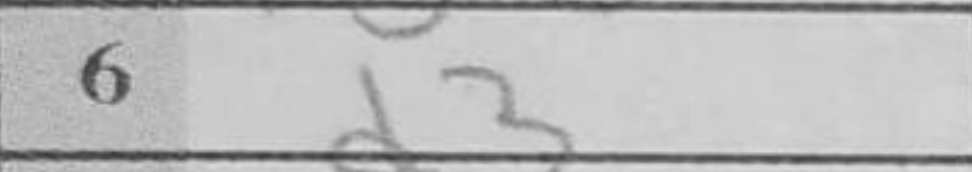
Transcription: d3